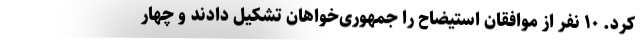
کرد. ۱۰ نفر از موافقان استیضاح را جمهوری‌خواهان تشکیل دادند و چهار